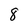
Character: 8